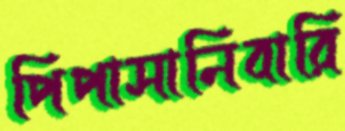
পিপাসানিবারি